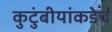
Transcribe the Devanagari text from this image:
कुटुंबीयांकडेच